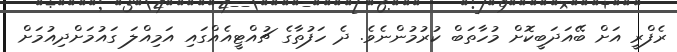
ރެފްރީ އަށް ބޭއަދަބީކޮށް މުހާތަބް ކުރުމުންނެވެ. ދެ ހަފުތާގެ ޗުއްޓީއެއްގައި އަމިއްލަ ގައުމަށްދިއުމަށް